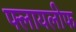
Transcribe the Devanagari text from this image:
फ्लायलीफ